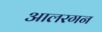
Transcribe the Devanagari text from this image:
आलरगन